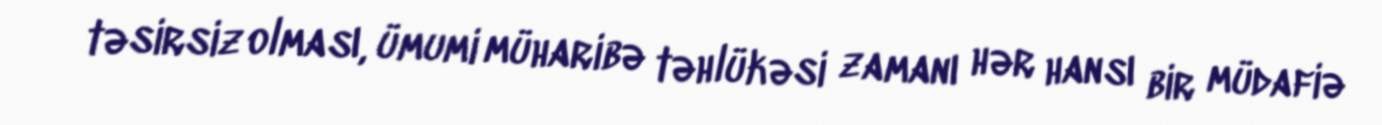
təsirsiz olması, ümumi müharibə təhlükəsi zamanı hər hansı bir müdafiə